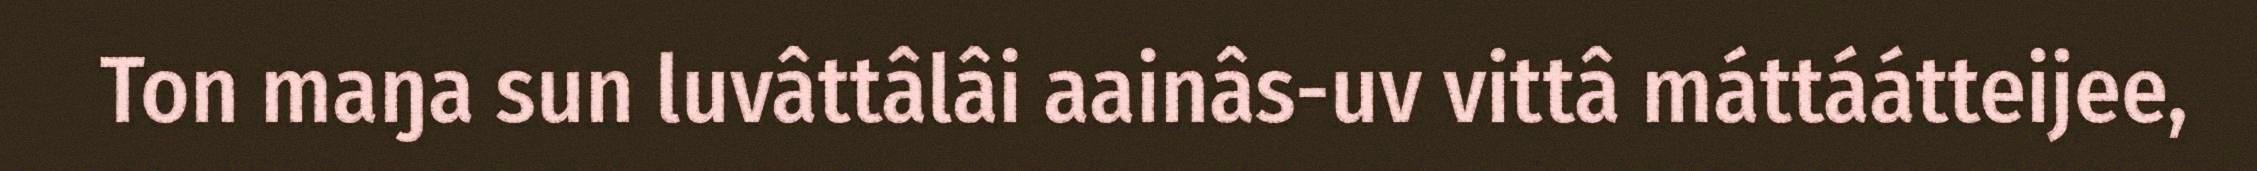
Ton maŋa sun luvâttâlâi aainâs-uv vittâ máttáátteijee,